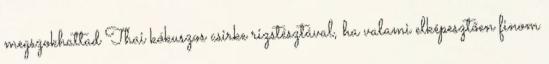
megszokhattad Thai kókuszos csirke rizstésztával, ha valami elképesztően finom